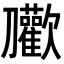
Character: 𭄝